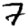
Digit: 7